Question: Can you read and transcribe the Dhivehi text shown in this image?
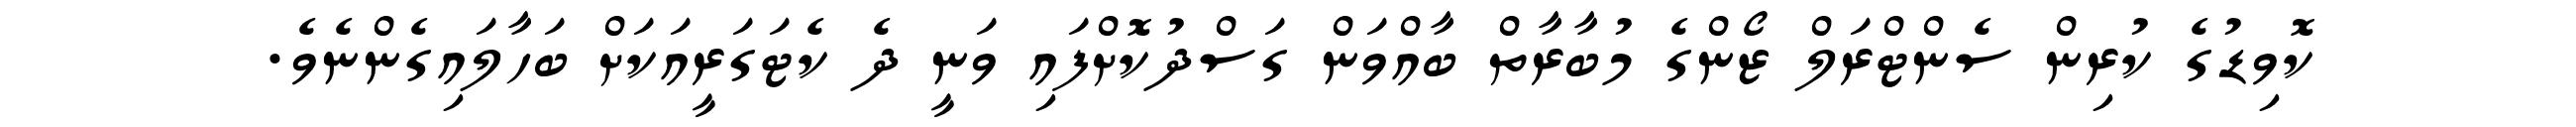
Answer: ކޮވިޑުގެ ކުރިން ސެންޓްރަލް ޒޯންގެ މުބާރާތް ބާއްވަން ގަސްދުކޮށްފައި ވަނީ ދެ ކެޓަގަރީއަކަށް ބަހާލައިގެންނެވެ.